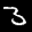
Label: 3